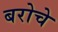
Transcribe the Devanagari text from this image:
बरोचे